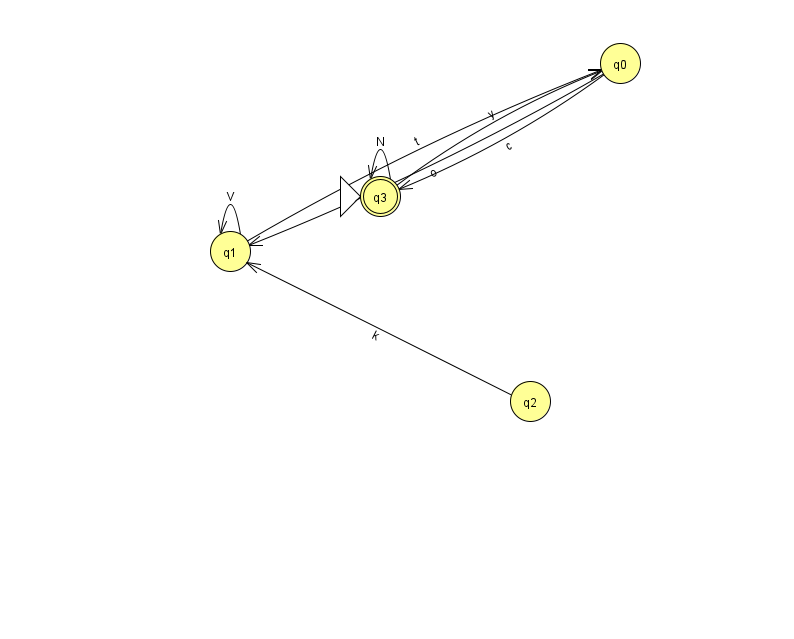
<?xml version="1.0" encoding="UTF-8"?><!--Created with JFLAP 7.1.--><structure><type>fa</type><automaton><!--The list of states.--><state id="0" name="q0"><x>620.0</x><y>50.0</y></state><state id="1" name="q1"><x>230.0</x><y>238.0</y></state><state id="2" name="q2"><x>530.0</x><y>388.0</y></state><state id="3" name="q3"><x>380.0</x><y>183.0</y><initial/><final/></state><!--The list of transitions.--><transition><from>3</from><to>0</to><read>y</read></transition><transition><from>0</from><to>1</to><read>o</read></transition><transition><from>1</from><to>1</to><read>V</read></transition><transition><from>2</from><to>1</to><read>k</read></transition><transition><from>0</from><to>3</to><read>c</read></transition><transition><from>3</from><to>3</to><read>N</read></transition><transition><from>1</from><to>0</to><read>t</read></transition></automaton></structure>